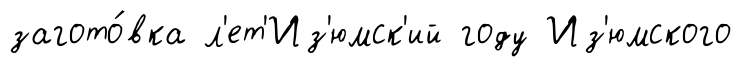
загото́вка л'ет'Из'юмск'ий году Из'юмского